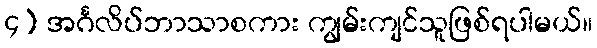
၄) အင်္ဂလိပ်ဘာသာစကား ကျွမ်းကျင်သူဖြစ်ရပါမယ်။